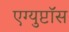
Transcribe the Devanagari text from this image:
एग्युप्टॉस